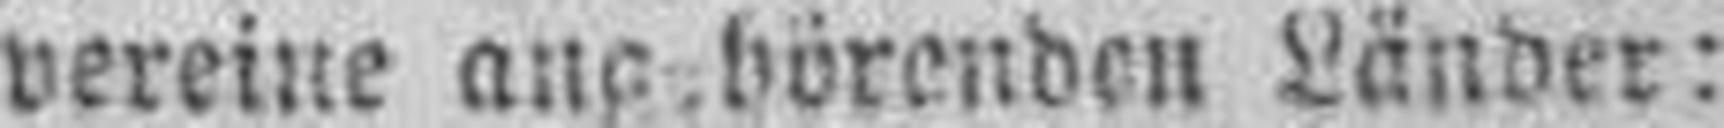
vereine angehörenden Länder: